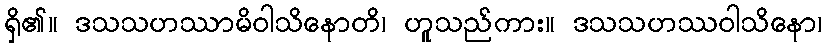
ရှိ၏။ ဒသသဟဿာမိဝါသိနောတိ၊ ဟူသည်ကား။ ဒသသဟဿဝါသိနော၊